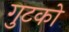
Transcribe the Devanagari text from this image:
गुटको